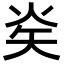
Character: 𭿿